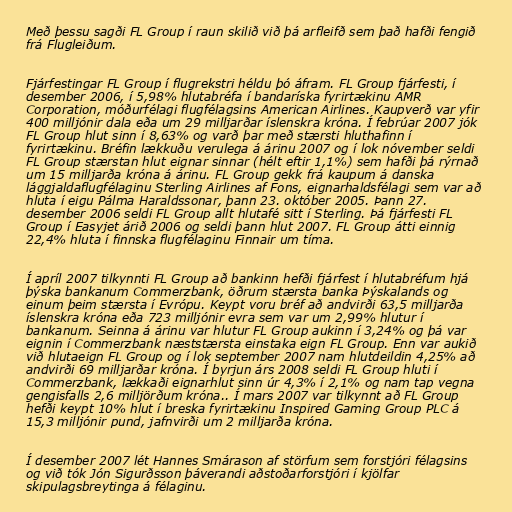
Með þessu sagði FL Group í raun skilið við þá arfleifð sem það hafði fengið
frá Flugleiðum.

Fjárfestingar FL Group í flugrekstri héldu þó áfram. FL Group fjárfesti, í
desember 2006, í 5,98% hlutabréfa í bandaríska fyrirtækinu AMR
Corporation, móðurfélagi flugfélagsins American Airlines. Kaupverð var yfir
400 milljónir dala eða um 29 milljarðar íslenskra króna. Í febrúar 2007 jók
FL Group hlut sinn í 8,63% og varð þar með stærsti hluthafinn í
fyrirtækinu. Bréfin lækkuðu verulega á árinu 2007 og í lok nóvember seldi
FL Group stærstan hlut eignar sinnar (hélt eftir 1,1%) sem hafði þá rýrnað
um 15 milljarða króna á árinu. FL Group gekk frá kaupum á danska
lággjaldaflugfélaginu Sterling Airlines af Fons, eignarhaldsfélagi sem var að
hluta í eigu Pálma Haraldssonar, þann 23. október 2005. Þann 27.
desember 2006 seldi FL Group allt hlutafé sitt í Sterling. Þá fjárfesti FL
Group í Easyjet árið 2006 og seldi þann hlut 2007. FL Group átti einnig
22,4% hluta í finnska flugfélaginu Finnair um tíma.

Í apríl 2007 tilkynnti FL Group að bankinn hefði fjárfest í hlutabréfum hjá
þýska bankanum Commerzbank, öðrum stærsta banka Þýskalands og
einum þeim stærsta í Evrópu. Keypt voru bréf að andvirði 63,5 milljarða
íslenskra króna eða 723 milljónir evra sem var um 2,99% hlutur í
bankanum. Seinna á árinu var hlutur FL Group aukinn í 3,24% og þá var
eignin í Commerzbank næststærsta einstaka eign FL Group. Enn var aukið
við hlutaeign FL Group og í lok september 2007 nam hlutdeildin 4,25% að
andvirði 69 milljarðar króna. Í byrjun árs 2008 seldi FL Group hluti í
Commerzbank, lækkaði eignarhlut sinn úr 4,3% í 2,1% og nam tap vegna
gengisfalls 2,6 milljörðum króna.. Í mars 2007 var tilkynnt að FL Group
hefði keypt 10% hlut í breska fyrirtækinu Inspired Gaming Group PLC á
15,3 milljónir pund, jafnvirði um 2 milljarða króna.

Í desember 2007 lét Hannes Smárason af störfum sem forstjóri félagsins
og við tók Jón Sigurðsson þáverandi aðstoðarforstjóri í kjölfar
skipulagsbreytinga á félaginu.